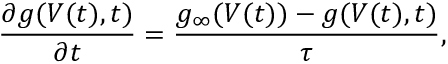
\frac { \partial g ( V ( t ) , t ) } { \partial t } = \frac { g _ { \infty } ( V ( t ) ) - g ( V ( t ) , t ) } { \tau } ,